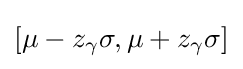
[\mu -z_{\gamma }\sigma ,\mu +z_{\gamma }\sigma ]